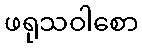
ဖရုသဝါစော